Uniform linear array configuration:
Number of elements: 48
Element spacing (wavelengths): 1
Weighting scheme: cosine
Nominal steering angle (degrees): -30
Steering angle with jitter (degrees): -29.838
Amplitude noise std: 0.05
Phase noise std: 0.05

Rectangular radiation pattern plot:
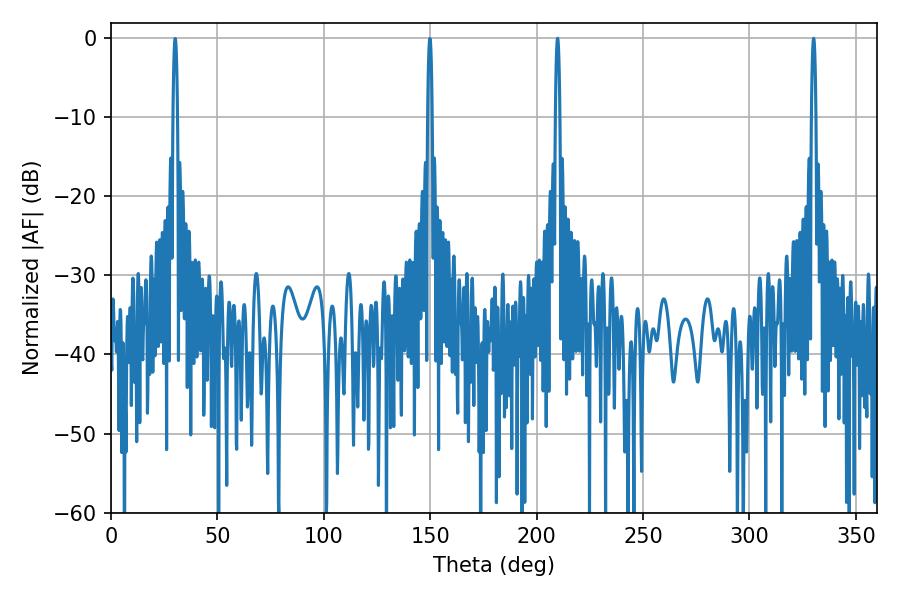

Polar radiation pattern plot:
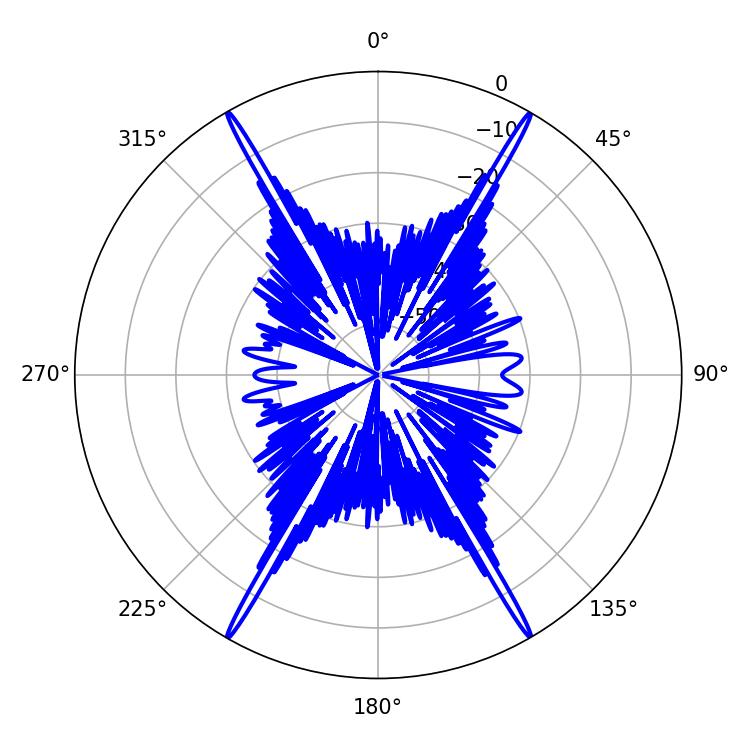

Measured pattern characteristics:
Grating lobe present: TRUE
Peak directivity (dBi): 37.03
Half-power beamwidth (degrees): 1.08
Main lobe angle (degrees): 330.12